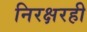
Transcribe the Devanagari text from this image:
निरक्षरही